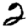
Digit: 2